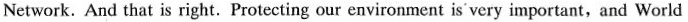
Network. And that is right. Protecting our environment is'very important,and World